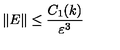
\| E \| \leq \frac { C _ { 1 } ( k ) } { \varepsilon ^ { 3 } }